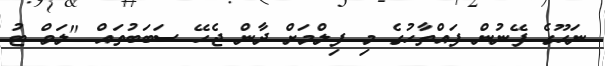
ނަހޫގެ ފޭނުން ފައްތާހުގެ މި ފިލްމަށް ދާން ޖެހޭ ސަބަބުތައް "ލަވް ޓު